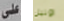
على اونيل